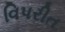
વિપરીત